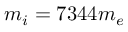
m _ { i } = 7 3 4 4 m _ { e }